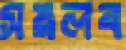
সয়লব